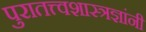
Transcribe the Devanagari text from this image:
पुरातत्त्वशास्त्रज्ञांनी